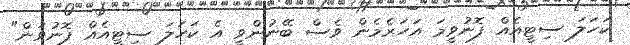
ކަހަލަ ސިޓީއެއް ފޮނުވީމަ އަހަރެމެން ވެސް ބޭނުންވީ އެ ކަހަލަ ސިޓީއެއް ފޮނުވަން"